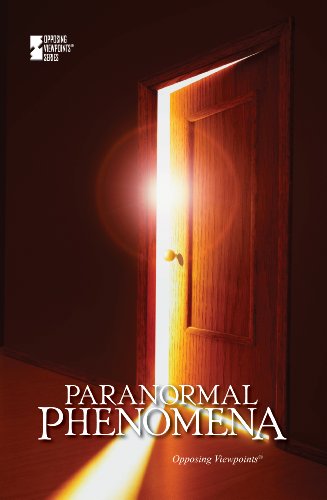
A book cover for Paranormal Phenomena (Opposing Viewpoints); Roman Espejo; Teen & Young Adult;